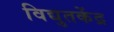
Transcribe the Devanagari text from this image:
विद्युतकेंद्र